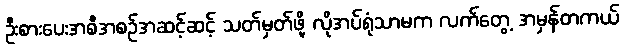
ဦးစားပေးအစီအစဉ်အဆင့်ဆင့် သတ်မှတ်ဖို့ လိုအပ်ရုံသာမက လက်တွေ့ အမှန်တကယ်